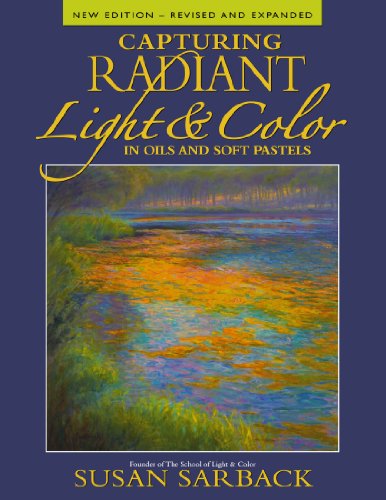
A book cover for Capturing Radiant Light & Color in Oils and Pastels; Susan Sarbach; Arts & Photography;